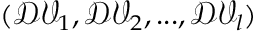
( \mathcal { D V } _ { 1 } , \mathcal { D V } _ { 2 } , . . . , \mathcal { D V } _ { l } )